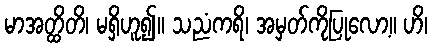
မာအတ္ထိတိ၊ မရှိဟူ၍။ သညံကရိ၊ အမှတ်ကိုပြုလော့။ ဟိ၊